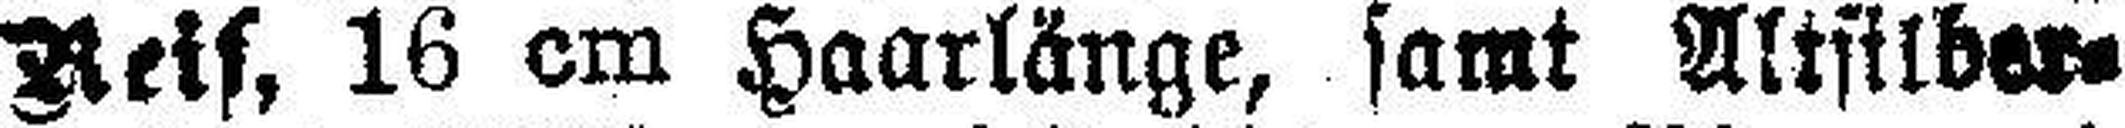
Reif, 16 cm Haarlänge, samt Altsilber=